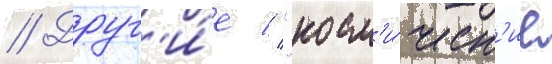
// Друг'и́е // "косм'и́ческ'ие